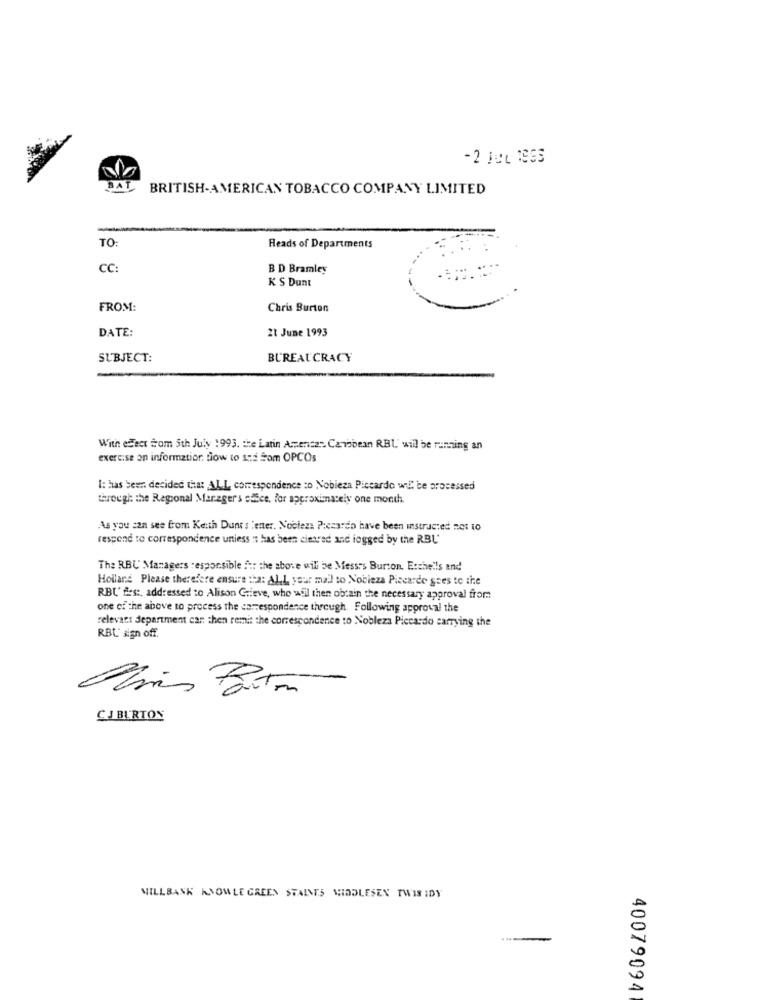
BAT
BRITISH-AMERICAN TOBACCO COMPANY LIMITED
TO:
Reads of Departments
CC:
B D Bramley
K S Dunt
FROM:
Chris Burton
DATE:
21 June 1993
SUBJECT:
BUREAUCRACY
With effect com Sth July 1993. the Latin America". Caribbean RBL' will be running an
exercise an information flow to 15 Som OPCOs
I: has been decided that Al L, correspondence to Nobleza Piccardo wil be processed
through the Regional Manager's office. for approximately one month.
As you can see from Keith Dans's 'enter. Noblezs Pesardo have been instructed not to
respond to correspondence uniess : has been cietrad and logged by the RBL'
The RBU Managers responsible for the above will be Messes Burton, Etchells and
Holland Please therefere ensure :ha: All your mail to Nobleza Piccarde goes to the
RBL' fest, addressed to Alison Grieve, who will then obtain the necessary approval from
one of the above to process the correspondence through. Following approval the
relevant department can then remis the correspondence to Nobleza Piccardo carrying the
RBL' sign off.
CJ BURTON
MILLBANK KNOWLE GREEN STAINES SHODLESEN TWIS IDY
40079094